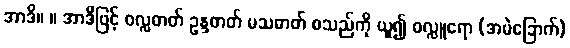
အာဒိ။ ။ အာဒိဖြင့် ဝလ္လဓာတ် ဥန္ဒဓာတ် မသဓာတ် စသည်ကို ယူ၍ ဝလ္လူရော (အမဲခြောက်)